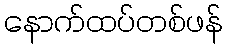
နောက်ထပ်တစ်ဖန်